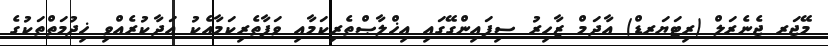
މޭޖަރ ޖެނެރަލް (ރިޓަޔަރޑް) އާދަމް ޒާހިރު ސިފައިންގޭގައި އިޚްލާޞްތެރިކަމާއި ވަފާތެރިކަމާއެކު އަދާކުރެއްވި ޚިދުމަތްތަކުގެ